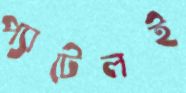
প্যাটেলই